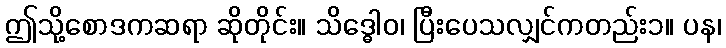
ဤသို့စောဒကဆရာ ဆိုတိုင်း။ သိဒ္ဓေါဝ၊ ပြီးပေသလျှင်ကတည်း၁။ ပန၊